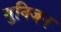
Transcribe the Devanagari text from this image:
गुनिजन